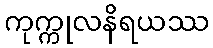
ကုက္ကုလနိရယဿ